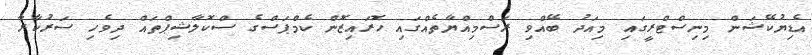
އެޑިޔުކޭޝަން މިނިސްޓްރީގައި މިއަދު ބޭއްވި ރަސްމިއްޔާތެއްގައި ހޮރައިޒޮން ކެމްޕަސްގެ ސްކޮލާޝިޕްތައް ދިވެހި ސަރުކާރާ